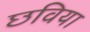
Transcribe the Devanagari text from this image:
छविया